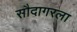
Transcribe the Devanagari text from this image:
सौदागरला